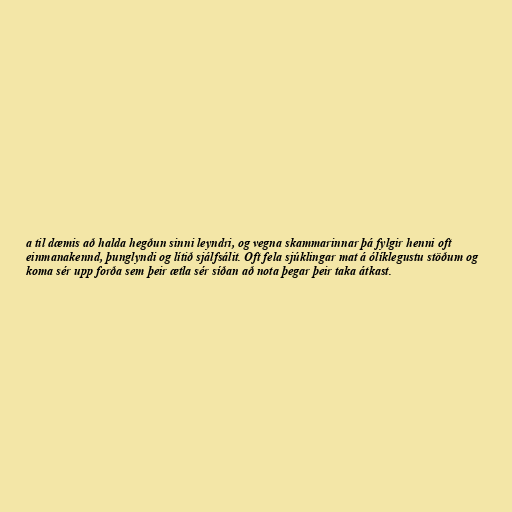
a til dæmis að halda hegðun sinni leyndri, og vegna skammarinnar þá fylgir henni oft
einmanakennd, þunglyndi og lítið sjálfsálit. Oft fela sjúklingar mat á ólíklegustu stöðum og
koma sér upp forða sem þeir ætla sér síðan að nota þegar þeir taka átkast.